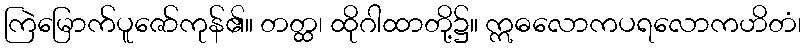
ကြဲမြောက်ပူဇော်ကုန်၏။ တတ္ထ၊ ထိုဂါထာတို့၌။ ဣဓလောကပရလောကဟိတံ၊